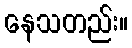
နေသတည်း။